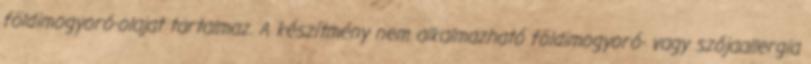
földimogyoró-olajat tartalmaz. A készítmény nem alkalmazható földimogyoró- vagy szójaallergia